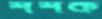
শশক